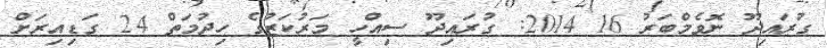
ގުރައިދޫ ނޮވެމްބަރު 16 2014: ގުރައިދޫ ސިއްހީ މަރުކަޒުގެ ހިދުމަތް 24 ގަޑިއިރަށް